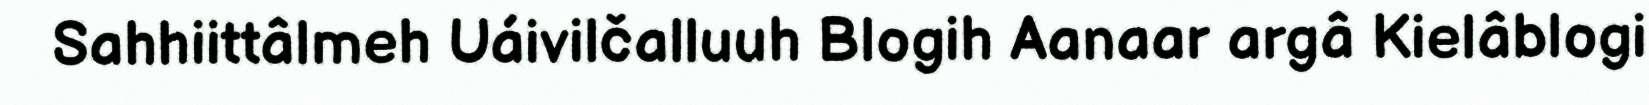
Sahhiittâlmeh Uáivilčalluuh Blogih Aanaar argâ Kielâblogi